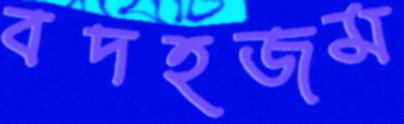
বদহজম